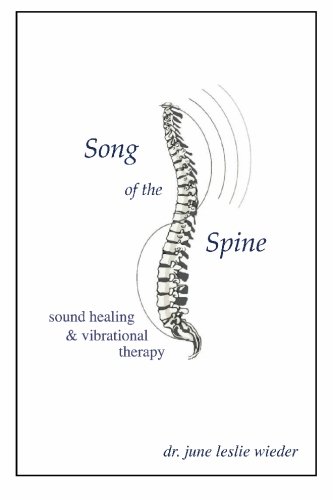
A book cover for Song Of The Spine; Dr. June Leslie Wieder; Medical Books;